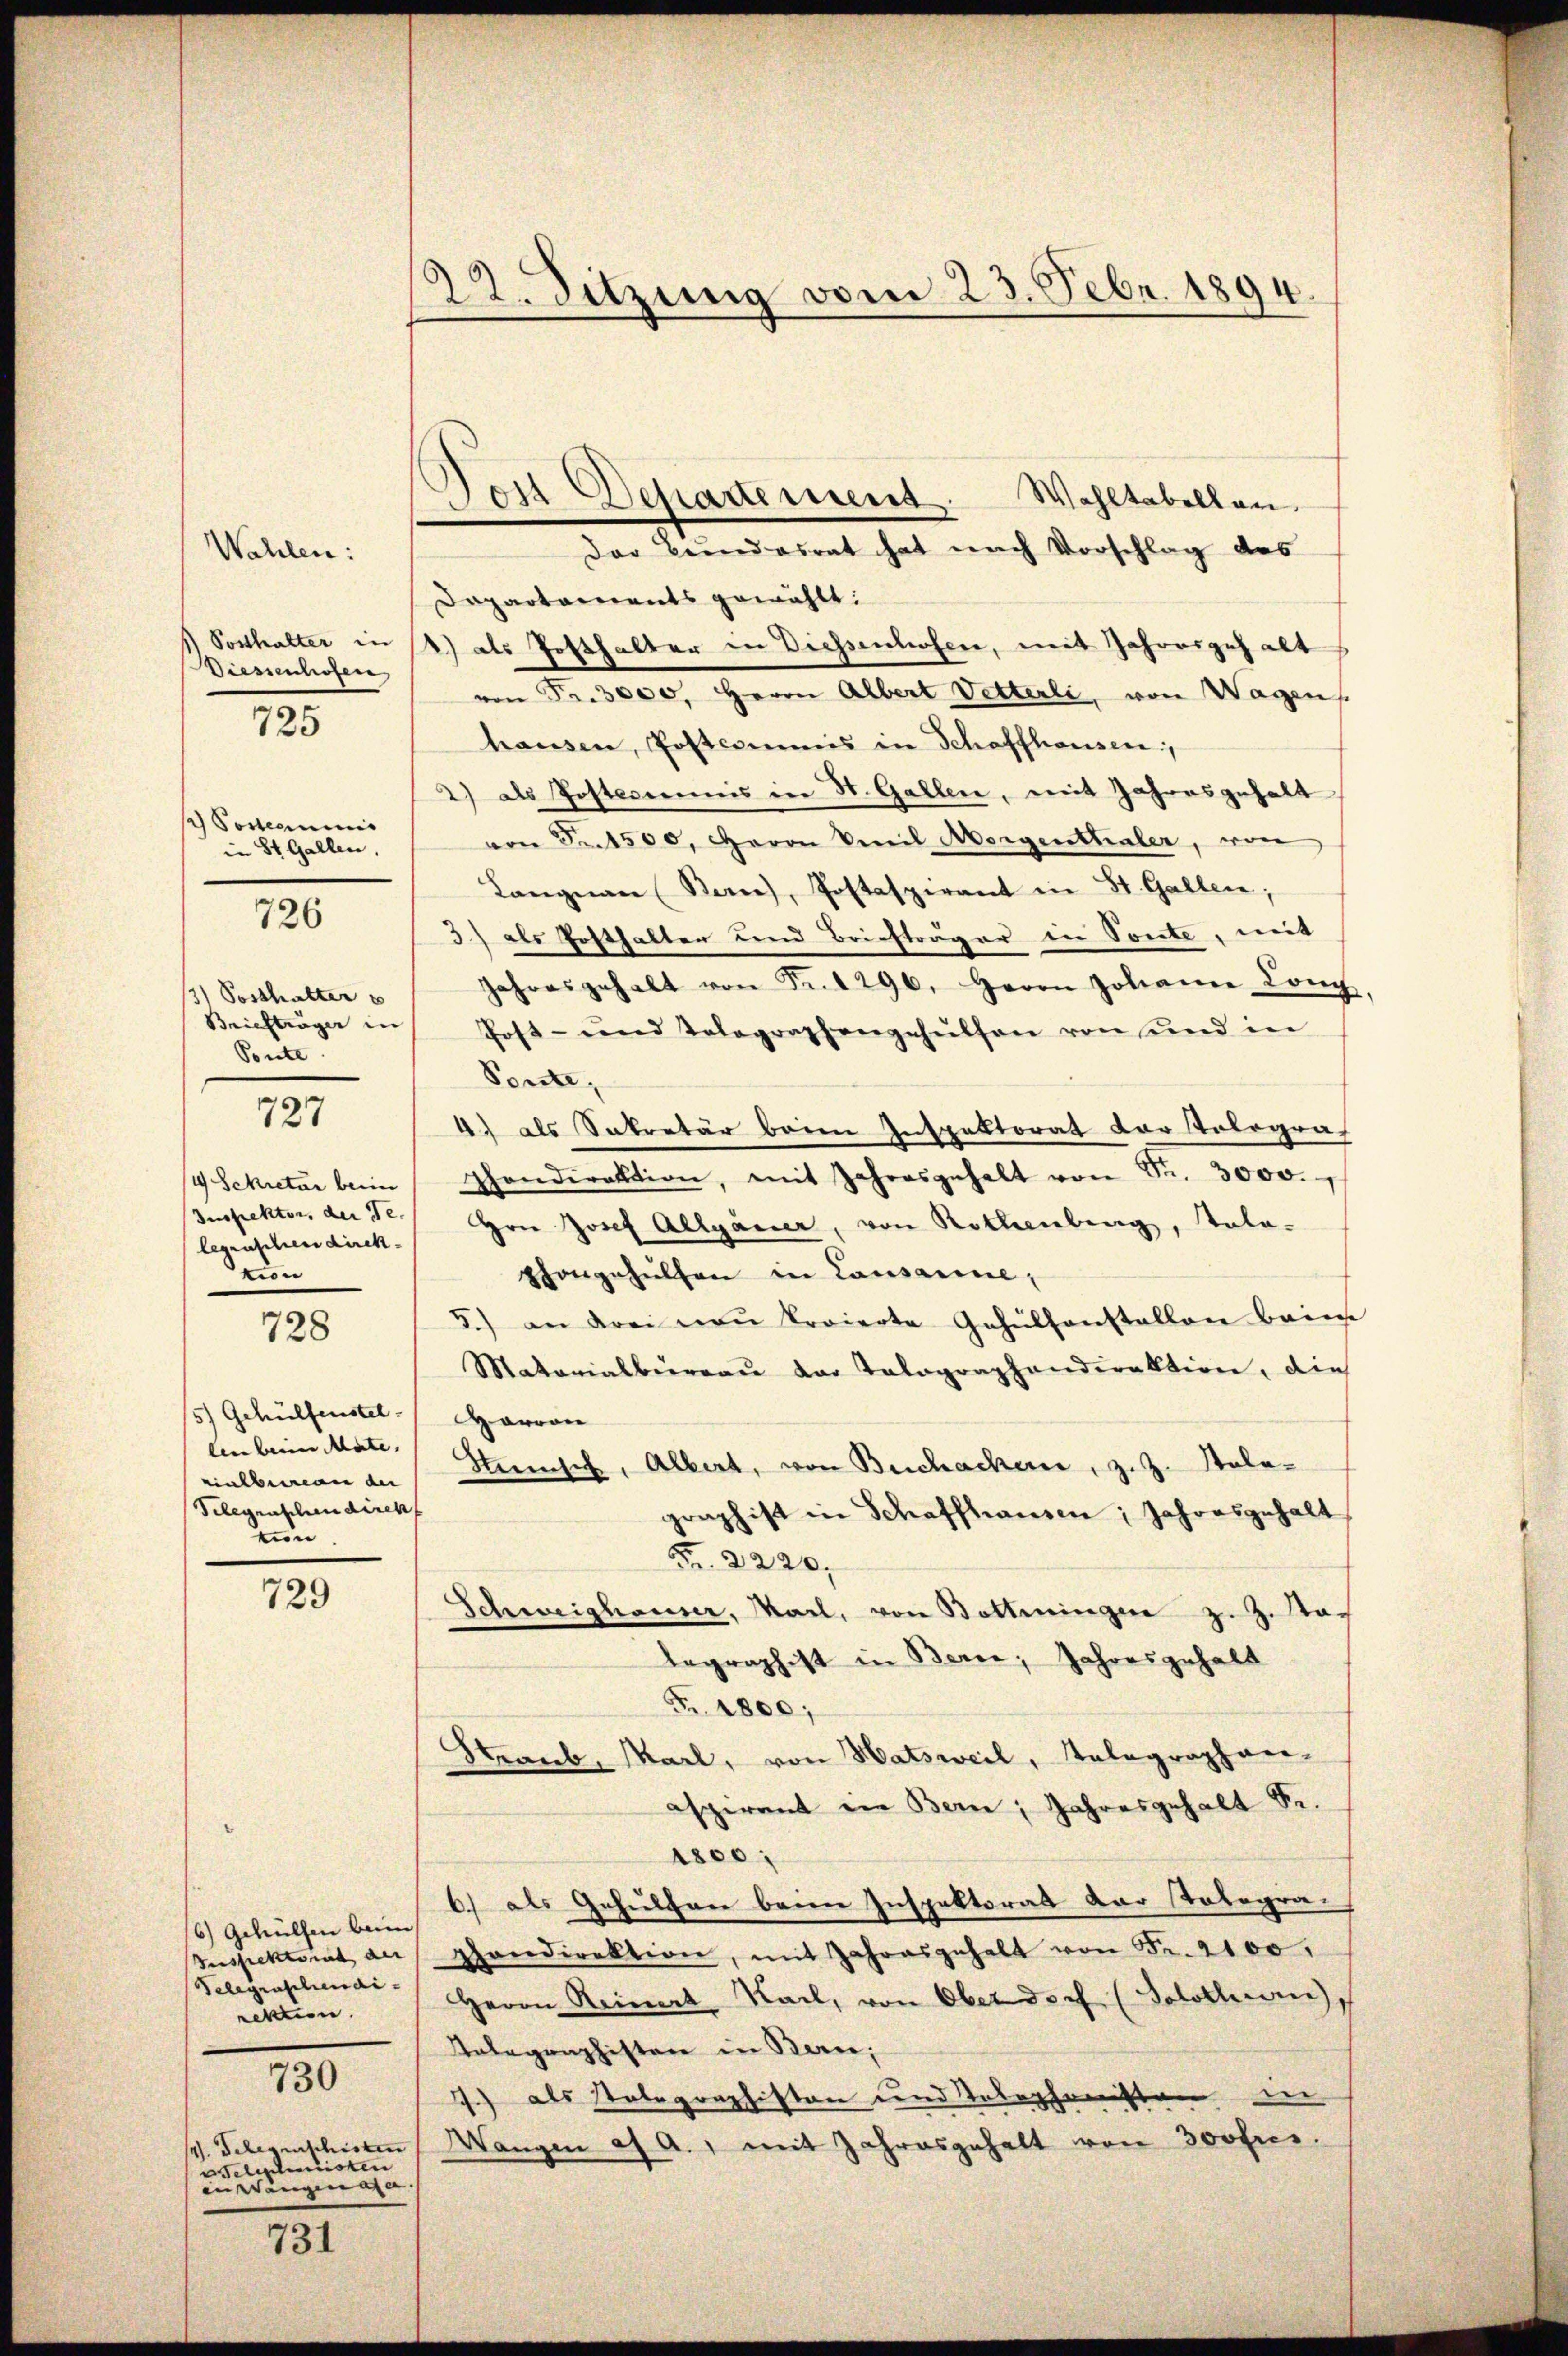
Wahlen:
Diesenhofen
) Posterminis
in St. Gallen.
726
3) Posthalter s
Briefträger in
Ponte.
727
4 Sekretär beim
Inspektor, der Se.
legenscheidirek
tion

725

728

5) Gehülfenstel
leen beim Mate, |
vinlbureau der
Selegenschen diren
tin

729

6.) Gehülfen beim
Gelegenschendirektion.
730
V. Gelegenschisten
Telephonisten
in Wangen a. a.

731

22. Sitzung vom 23. Febr. 1894.

Post Departement. Wohltabellen.

Der Bundesrat hat nach Vorschlag des
Dapartaments gewählt:
1) Posthalter in 4) als Posthalter in Diessenhofen, mit Jahresgehalt
von Fr. 3000. Herrn Albert Vetterli, von Wagen
hausen, Postcommis in Schaffhausen,
2) als Posterenis in St. Gallen, mit Jahresgehalt
von 5. 1500, Herrn Veil Morgenthaler, von
Langnau (Ban), Postaspirant in St. Gallen;
3) als Hofthalter und Briefträger in Sonte, mit
Jahresgehalt von Fr. 1296. Herrn Johann Conch,
Post- und Tolographengehülfen von und in
Ponte,
4) als Sekretär beren Inspektorat der Tolograf
phondirektion, mit Jahresgehalt von Fr. 3000.
rn Josef Allgauer, von Rotheilung, Tola-
hongehülfen in Lausanne,
5.) an drei non proierte Gehülfenstallen beim
Matarialbiereau der Talographanderaktion, die
Warran
Stensch, Albert, von Buchacher, zit. Salagraphist in Schaffhausen, Jahresgehalt
Fr. 2220.
Schweighauser, Mail, von Bottingen z. Z. das
legraphist in Berne, Jahresgehalt
Fr. 1800;
Straub, Marl, von Hatsweil, Telegraphan-
aspirant ein Bern, Jahresgehalt Se.
1800;
6) als Gehülfen beim Inspektorat der Totogra-
Sespektorat an phandirektion, mit Jahresgehalt von Fr. 2100.
Herrn Reimat Karl, von Ober doch (Solothurn
Telegraphisten in Bern,
1.) als Stolographiston und Telephonisten in
Wangen af A., mit Jahresgehalt von 300fres